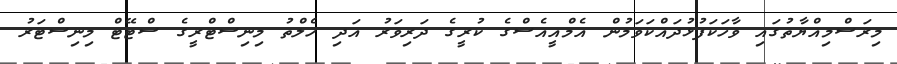
މިރަސްމިއްޔާތުގައި ވާހަކަފުޅުދައްކަވަމުން އެމްއީއެސްގެ ކުރީގެ ދަރިވަރު އަދި ހެލްތު މިނިސްޓްރީގެ ސްޓޭޓް މިނިސްޓަރު